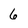
Character: 6